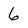
Character: 6